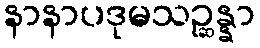
နာနာပဒုမသဉ္ဆန္နာ